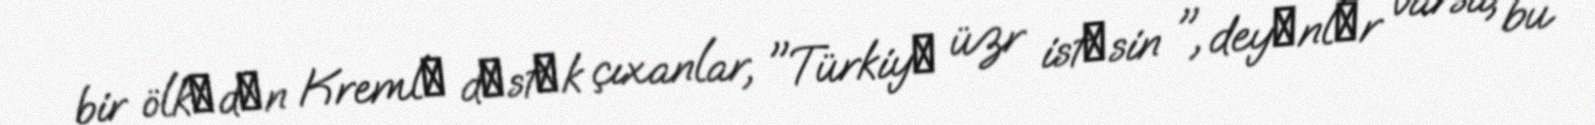
bir ölkәdәn Kremlә dәstәk çıxanlar, "Türkiyә üzr istәsin ", deyәnlәr varsa, bu